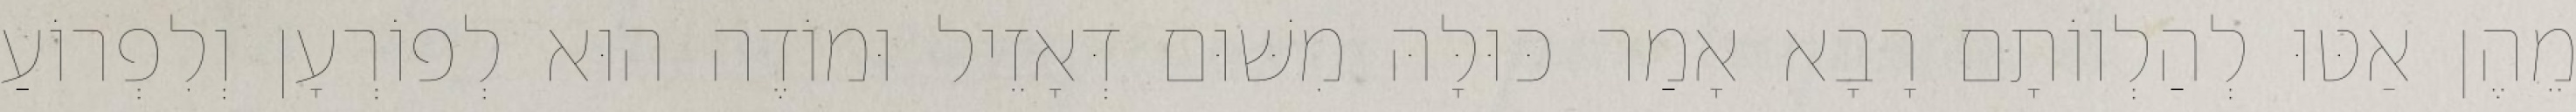
מֵהֶן אַטּוּ לְהַלְווֹתָם רָבָא אָמַר כּוּלָּהּ מִשּׁוּם דְּאָזֵיל וּמוֹדֶה הוּא לְפוֹרְעָן וְלִפְרוֹעַ